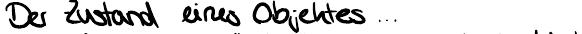
Der Zustand eines Objektes...